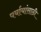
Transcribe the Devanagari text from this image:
पर्यायांसाठी